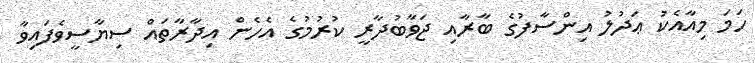
ހަމަ މިއާއެކު ޢަދުލު އިންސާފުގެ ބާރާއި ޖަވާބުދާރީ ކުރުމުގެ އެހެން އިދާރާތައް ސިޔާސީވެފައިވާ